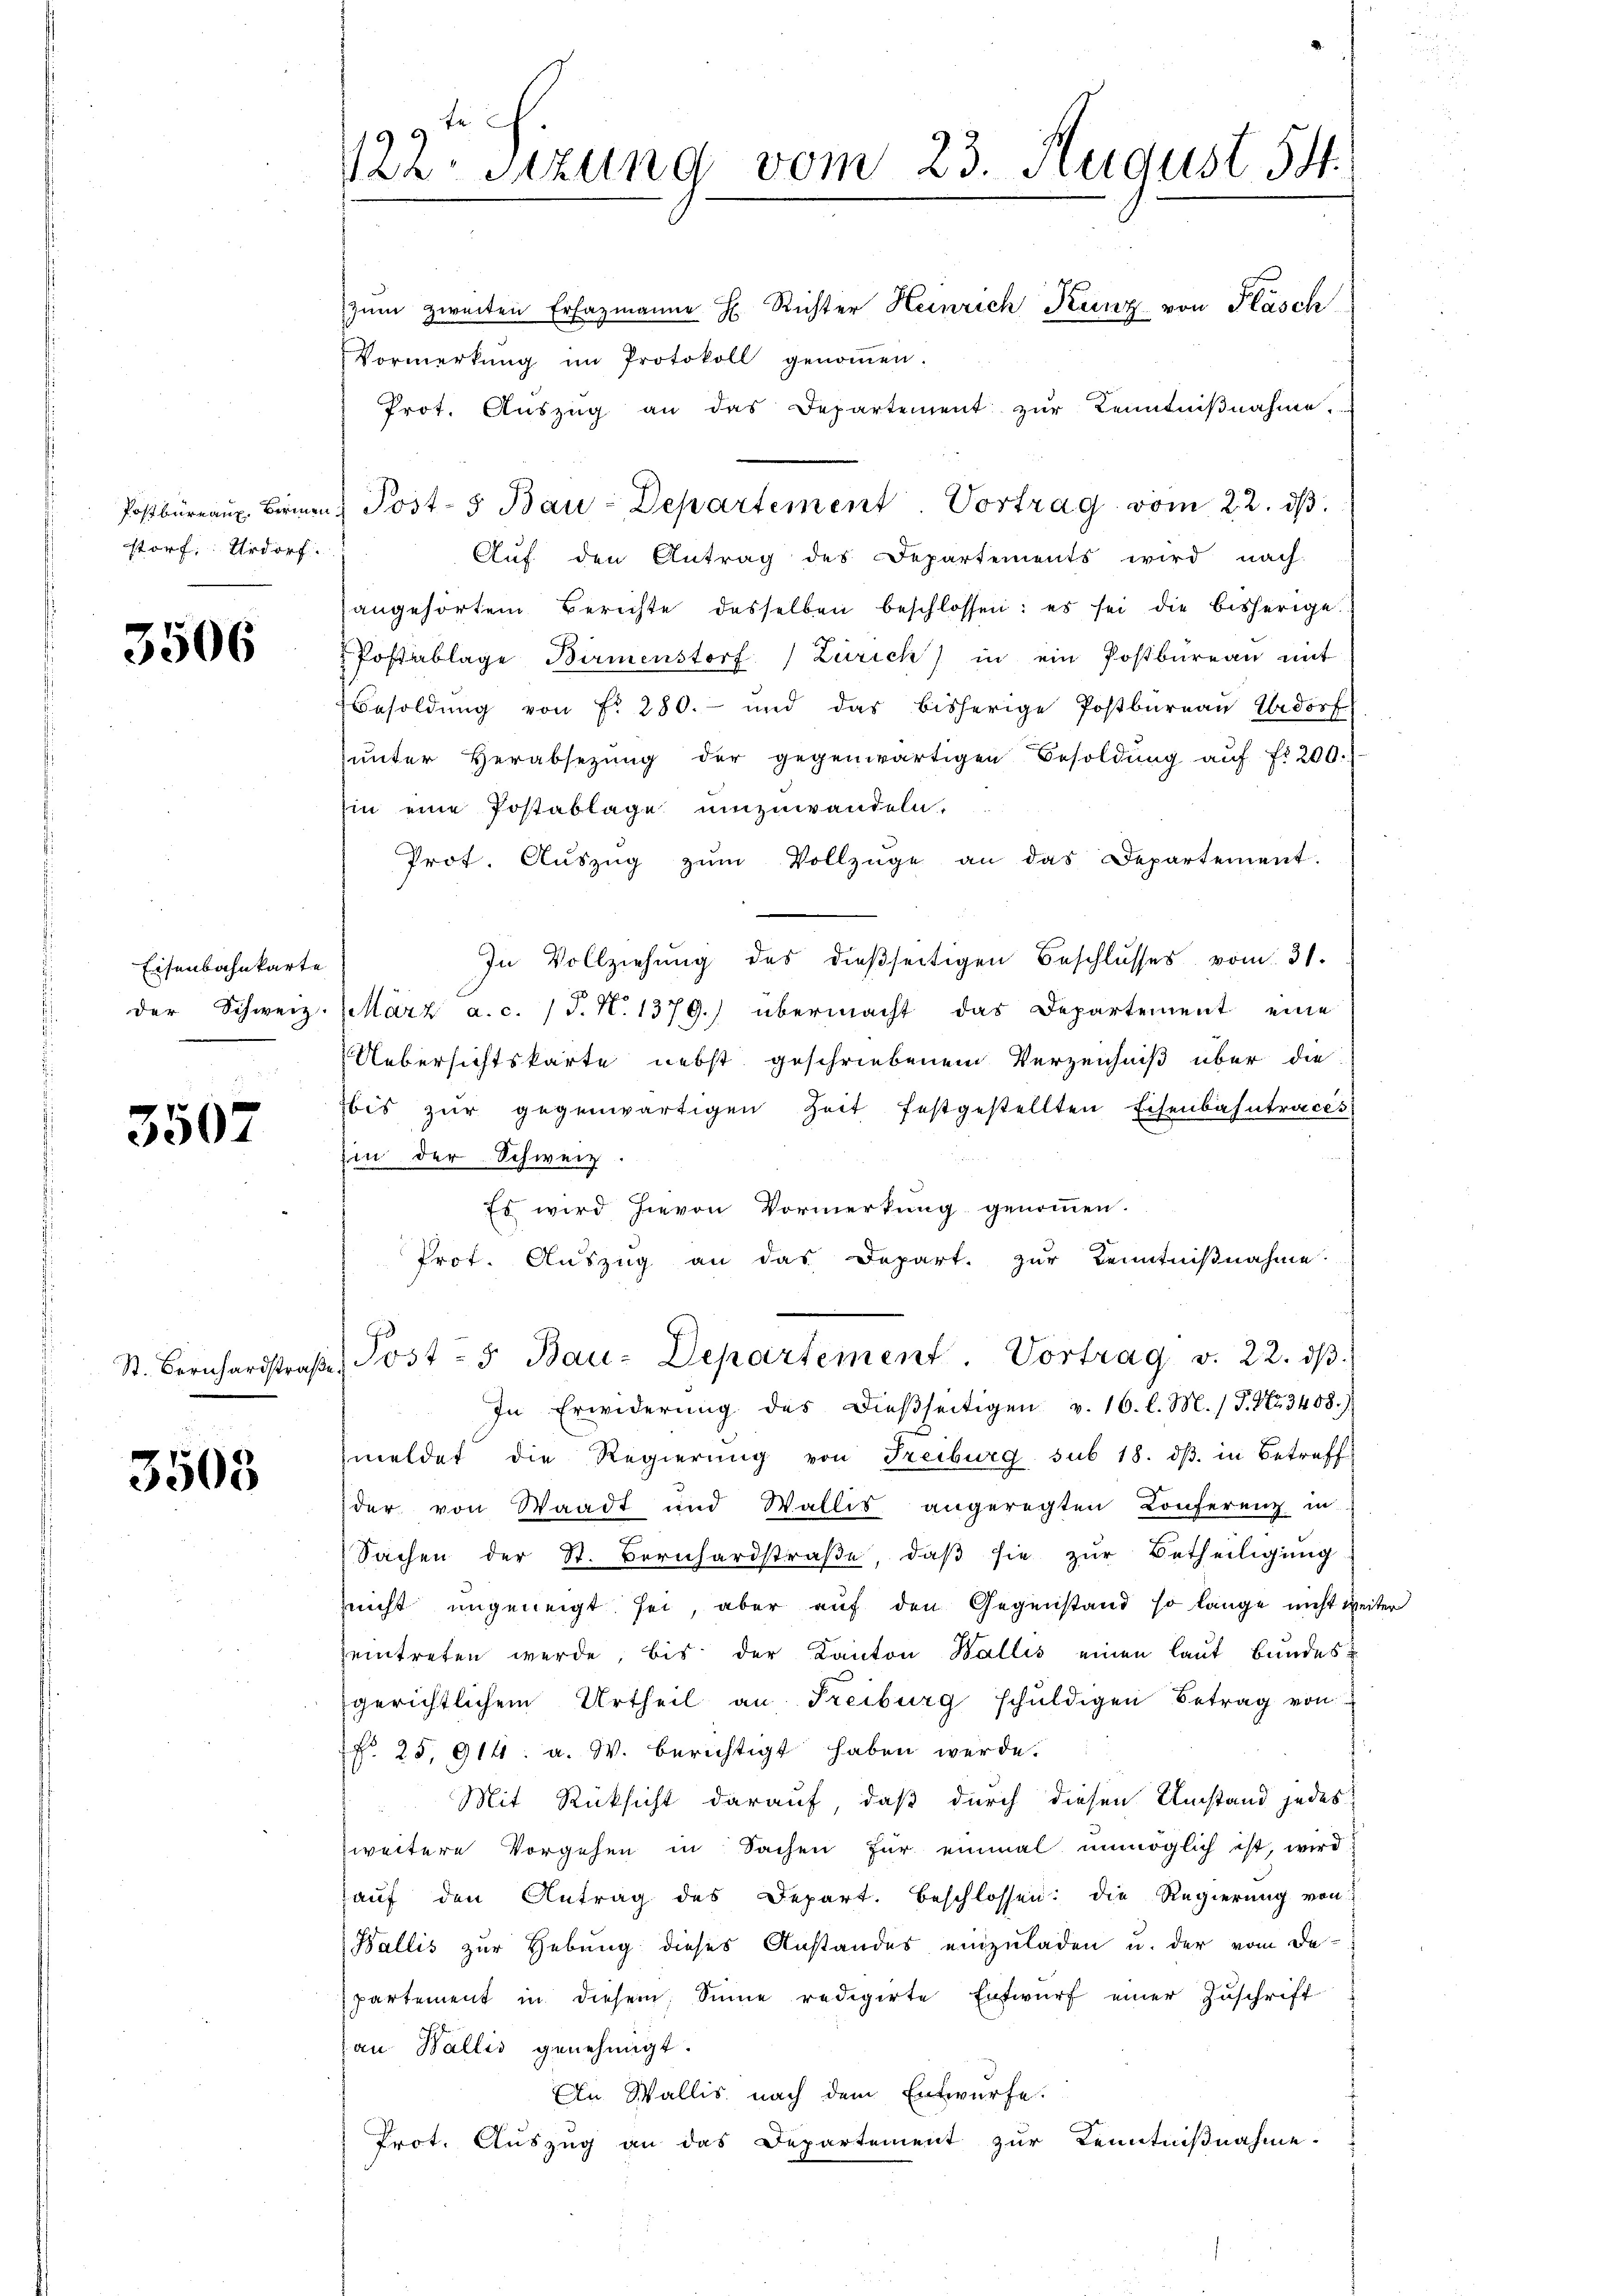
storf: Urdorf.

3506

Eisenbahnkarte

3507

3503

zŭm zweiten Erfazmanne H. Richter Heinrich Kunz von Flasch
Vormerkŭng im Protokoll genoṁen.
Prot. Aŭszŭg an das Departement zŭr Kenntniβnahme.
Postbüreau. Birmen Post- 5 Bau-Departement. Vortrag vom 22. dβ.
Auf den Antrag des Departements wird nach
angehörtem Berichte desselben beschlossen: es sei die bisherige
Postablage Birmenstorf (Zürich) in ein Postbüreau mit
Besoldung von f. 280. und das bisherige Postbureau Urdorf
ŭnter Herabsetzŭng der gegenwärtigen Besoldŭng aŭf fr. 200.
hin eine Postablage umzuwandeln.
Prot. Aŭszŭg zŭm Vollzüge an das Departement.
In Vollziehung des dießseitigen Beschlusses vom 31.
der Schweiz. März a.c. (T. N. 1379.) übermacht das Departement eine
Uebersichtskarte nebst geschriebenem Verzeichniß über die
bis zŭr gegenwärtigen Zeit festgestellten Eisenbahntraces
hin der Schweiz.
Es wird hievon Vormerkung genommen.
Prof. Auszug an das Depart. zur Kenntnißnahme.
St. Bernhardstraβe, Post- 5. Bau-Departement. Vortrag v. 22. dβ.
In Erwiderŭng des dieβseitigen v. 16. l. M. / P. Nr. 3408.)
meldet die Regierung von Freiburg sub 18. dβ in Betreff
der von Waadt und Wallis angeregten Conferenz in
Sachen der St. Bernhardstraβe, daβ sie zŭr Betheiligung
nnicht ungeneigt sei, aber auf den Gegenstand so lange nicht weiter
eintreten werde, bis der Kanton Wallis einen laut Bundes
gerichtlichem Urtheil an Freiburg schŭldigen Betrag von
Nr. 25, 914: a. W. berichtigt haben werde.
Mit Rücksicht darauf, daß durch diesen Umstand jedes
weitere Vorgehen in Sachen für einmal unmöglich ist, wird
auf den Antrag des Depart. beschlossen: die Regierung von
Wallis zur Hebung dieses Anstandes einzuladen u. der vom De-
partement in diesem Sinne redigirte Entwurf einer Zuschrift
an Wallis genehmigt.
An Wallis nach dem Entwurfe.
Prot. Auszug an das Departement zŭr Kenntniβnahme.

122. Sitzung vom 23. August 14.